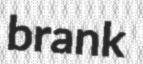
brank